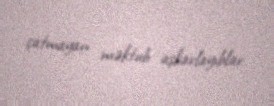
çatmayan məktub aşkarlayıblar.